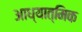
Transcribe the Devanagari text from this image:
आध्‍यात्मिक